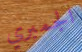
الجمبري